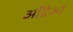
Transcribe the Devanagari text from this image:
आँद्रेआ